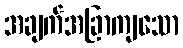
အချက်အခြာကျသော